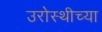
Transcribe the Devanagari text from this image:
उरोस्थीच्या